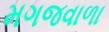
મગજવાળા